Sketch of the medical history of the native army of Bombay, for the year
Year: 1876
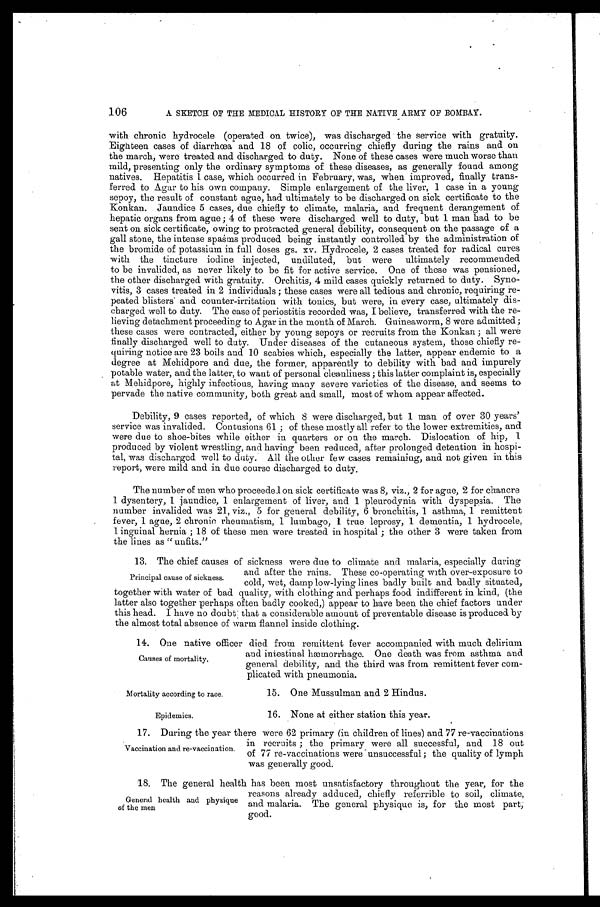
106
A SKETCH OF THE MEDICAL HISTORY OF THE NATIVE ARMY OF BOMBAY.
with chronic hydrocele (operated on twice), was discharged the service with gratuity.
Eighteen cases of diarrhœa and 18 of colic, occurring chiefly during the rains and on
the march, were treated and discharged to duty. None of these cases were much worse than
mild, presenting only the ordinary symptoms of these diseases, as generally found among
natives. Hepatitis 1 case, which occurred in February, was, when improved, finally trans
-ferred to Agar to his own company. Simple enlargement of the liver, 1 case in a young
sepoy, the result of constant ague, had ultimately to be discharged on sick certificate to the
Konkan. Jaundice 5 cases, due chiefly to climate, malaria, and frequent derangement of
hepatic organs from ague; 4 of these were discharged well to duty, but 1 man had to be
sent on sick certificate, owing to protracted general debility, consequent on the passage of a
gall stone, the intense spasms produced being instantly controlled by the administration of
the bromide of potassium in full doses gs. xv. Hydrocele, 2 cases treated for radical cures
with the tincture iodine injected, undiluted, but were ultimately recommended
to be invalided, as never likely to be fit for active service. One of these was pensioned,
the other discharged with gratuity. Orchitis, 4 mild cases quickly returned to duty. Syno
-vitis, 3 cases treated in 2 individuals; these cases were all tedious and chronic, requiring re
-peated blisters and counter-irritation with tonics, but were, in every case, ultimately dis
-charged well to duty. The case of periostitis recorded was, I believe, transferred with the re
-lieving detachment proceeding to Agar in the month of March. Guineaworm, 8 were admitted;
these cases were contracted, either by young sepoys or recruits from the Konkan; all were
finally discharged well to duty. Under diseases of the cutaneous system, those chiefly re
-quiring notice are 23 boils and 10 scabies which, especially the latter, appear endemic to a
degree at Mehidpore and due, the former, apparently to debility with bad and impurely
potable water, and the latter, to want of personal cleanliness; this latter complaint is, especially
at Mehidpore, highly infectious, having many severe varieties of the disease, and seems to
pervade the native community, both great and small, most of whom appear affected.
Debility, 9 cases reported, of which 8 were discharged, but 1 man of over 30 years'
service was invalided. Contusions 61; of these mostly all refer to the lower extremities, and
were due to shoe-bites while either in quarters or on the march. Dislocation of hip, 1
produced by violent wrestling, and having been reduced, after prolonged detention in hospi
-tal, was discharged well to duty. All the other few cases remaining, and not given in this
report, were mild and in due course discharged to duty.
The number of men who proceeded on sick certificate was 8, viz., 2 for ague, 2 for chancre
1 dysentery, 1 jaundice, 1 enlargement of liver, and 1 pleurodynia with dyspepsia. The
number invalided was 21, viz., 5 for general debility, 6 bronchitis, 1 asthma, 1 remittent
fever, 1 ague, 2 chronic rheumatism, 1 lumbago, 1 true leprosy, 1 dementia, 1 hydrocele,
1 inguinal hernia; 18 of these men were treated in hospital; the other 3 were taken from
the lines as "unfits."
13. The chief causes of sickness were due to climate and malaria, especially during
and after the rains. These co-operating with over-exposure to
cold, wet, damp low-lying lines badly built and badly situated,
together with water of bad quality, with clothing and perhaps food indifferent in kind, (the
latter also together perhaps often badly cooked,) appear to have been the chief factors under
this head. I have no doubt; that a considerable amount of preventable disease is produced by
the almost total absence of warm flannel inside clothing.
1 4 . O n e n a t i v e o f f i c e r d i e d f r o m r e m i t t e n t f e v e r a c c o m p a n i e d w i t h m u c h d e l i r i u m
and intestinal hæmorrhage. One death was from asthma and
general debility, and the third was from remittent fever com
-plicated with pneumonia.
Principal cause of sickness.
Causes of mortality.
Mortality according to race.
Epidemics.
15. One Mussulman and 2 Hindus.
16. None at either station this year.
17. During the year there were 62 primary (in children of lines) and 77 re-vaccinations
in recruits; the primary were all successful, and 18 out
of 77 re-vaccinations were unsuccessful; the quality of lymph
was generally good.
18. The general health has been most unsatisfactory throughout the year, for the
reasons already adduced, chiefly referrible to soil, climate,
and malaria. The general physique is, for the most part,
good.
Vaccination and re-vaccination.
General health and physique
of the men.